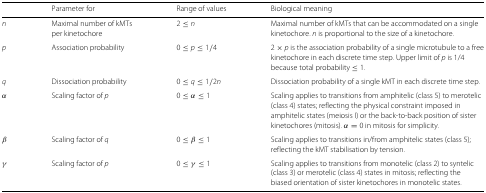
<table><thead><tr><td></td><td><b>Parameter for</b></td><td><b>Range of values</b></td><td><b>Biological meaning</b></td></tr></thead><tbody><tr><td><i>n</i></td><td>Maximal number of kMTs</td><td>2≤<i>n</i></td><td>Maximal number of kMTs that can be accommodated on a single</td></tr><tr><td></td><td>per kinetochore</td><td></td><td>kinetochore. <i>n</i> is proportional to the size of a kinetochore.</td></tr><tr><td><i>p</i></td><td>Association probability</td><td>0≤<i>p</i>≤1/4</td><td>2×<i>p</i> is the association probability of a single microtubule to a free</td></tr><tr><td></td><td></td><td></td><td>kinetochore in each discrete time step. Upper limit of <i>p</i> is 1/4</td></tr><tr><td></td><td></td><td></td><td>because total probability ≤1.</td></tr><tr><td><i>q</i></td><td>Dissociation probability</td><td>0≤<i>q</i>≤1/2<i>n</i></td><td>Dissociation probability of a single kMT in each discrete time step.</td></tr><tr><td><i>α</i></td><td>Scaling factor of <i>p</i></td><td>0≤<i>α</i>≤1</td><td>Scaling applies to transitions from amphitelic (class 5) to merotelic</td></tr><tr><td></td><td></td><td></td><td>(class 4) states; reflecting the physical constraint imposed in</td></tr><tr><td></td><td></td><td></td><td>amphitelic states (meiosis I) or the back-to-back position of sister</td></tr><tr><td></td><td></td><td></td><td>kinetochores (mitosis). <i>α</i>=0 in mitosis for simplicity.</td></tr><tr><td><i>β</i></td><td>Scaling factor of <i>q</i></td><td>0≤<i>β</i>≤1</td><td>Scaling applies to transitions in/from amphitelic states (class 5);</td></tr><tr><td></td><td></td><td></td><td>reflecting the kMT stabilisation by tension.</td></tr><tr><td><i>γ</i></td><td>Scaling factor of <i>p</i></td><td>0≤<i>γ</i>≤1</td><td>Scaling applies to transitions from monotelic (class 2) to syntelic</td></tr><tr><td></td><td></td><td></td><td>(class 3) or merotelic (class 4) states in mitosis; reflecting the</td></tr><tr><td></td><td></td><td></td><td>biased orientation of sister kinetochores in monotelic states.</td></tr></tbody></table>